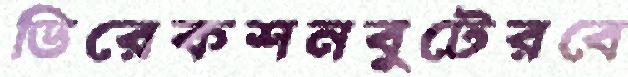
ডিরেকশনবুটেরবে